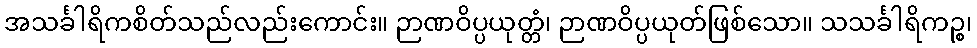
အသင်္ခါရိကစိတ်သည်လည်းကောင်း။ ဉာဏဝိပ္ပယုတ္တံ၊ ဉာဏဝိပ္ပယုတ်ဖြစ်သော။ သသင်္ခါရိကဉ္စ၊